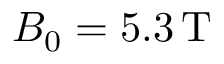
B _ { 0 } = 5 . 3 \, \mathrm { T }